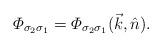
LaTeX: \begin{align*}{\mit \Phi}_{\sigma_2\sigma_1}={\mit \Phi}_{\sigma_2\sigma_1}(\vec{k},\hat{n}).\end{align*}